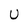
Character: U